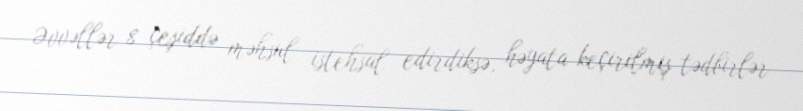
Əvvəllər 8 çeşiddə məhsul istehsal edirdiksə, həyata keçirilmiş tədbirlər